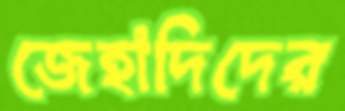
জেহাদিদের